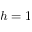
h = 1